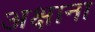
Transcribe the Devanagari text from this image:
अक्षाना